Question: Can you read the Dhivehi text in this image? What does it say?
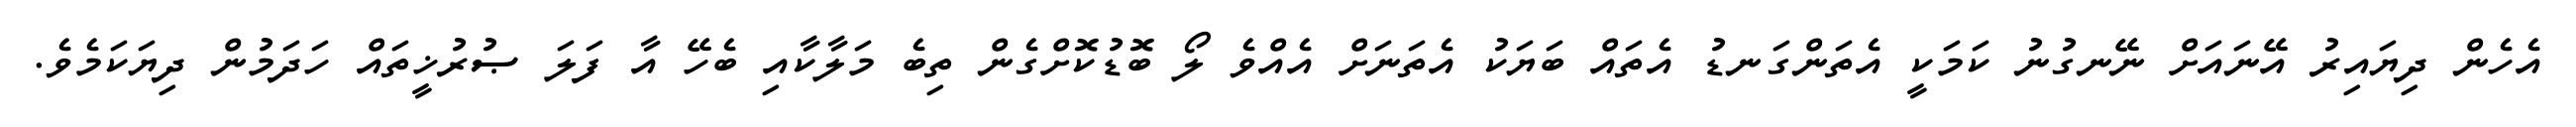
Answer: އެހެން ދިޔައިރު އޭނައަށް ނޭނގުނު ކަމަކީ އެތަންގަނޑު އެތައް ބަޔަކު އެތަނަށް އެއްވެ ލޯ ބޮޑުކޮށްގެން ތިބެ މަލާކާއި ބެހޭ އާ ފަލަ ޞުރުޚީތައް ހަދަމުން ދިޔަކަމެވެ.